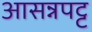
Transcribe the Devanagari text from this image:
आसन्नपट्ट